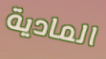
المادية